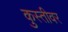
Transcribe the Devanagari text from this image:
कुस्तीवर